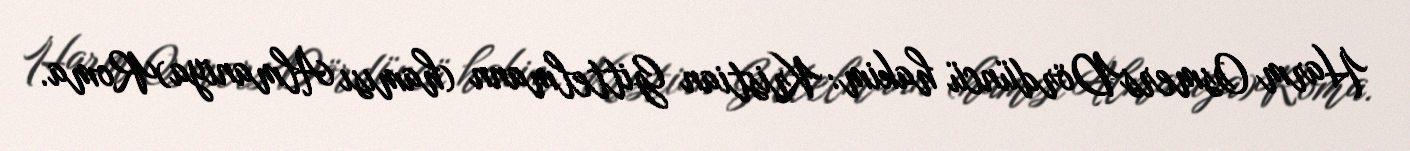
Harm OsmersDördüncü hakim: Kristian Gittelmann (hamısı Almaniya)Roma.